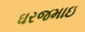
ઘરજમાઇ